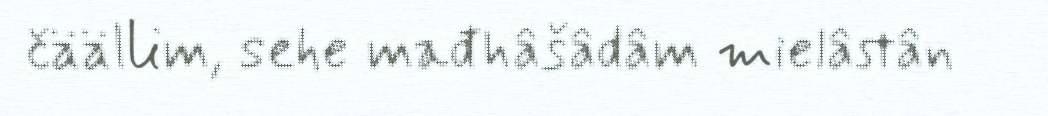
čäällim, sehe mađhâšâdâm mielâstân